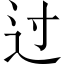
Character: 过